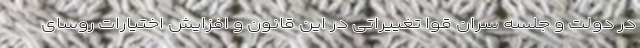
در دولت و جلسه سران قوا تغییراتی در این قانون و افزایش اختیارات روسای